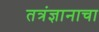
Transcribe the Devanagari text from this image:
तत्रंज्ञानाचा